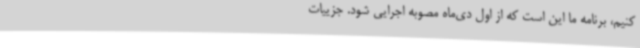
کنیم، برنامه ما این است که از اول دی‌ماه مصوبه اجرایی شود. جزییات